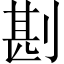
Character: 𠝻